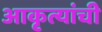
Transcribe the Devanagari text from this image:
आकृत्यांची